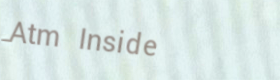
Atm Inside